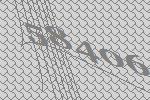
58406